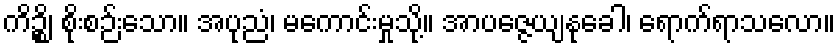
ကိဉ္စိ၊ စိုးစဉ်းသော။ အပုညံ၊ မကောင်းမှုသို့။ အာပဇ္ဇေယျနုခေါ၊ ရောက်ရာသလော။